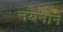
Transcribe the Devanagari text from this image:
नयनाने